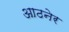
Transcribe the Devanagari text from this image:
आठनेर